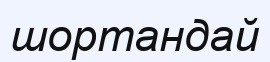
шортандай